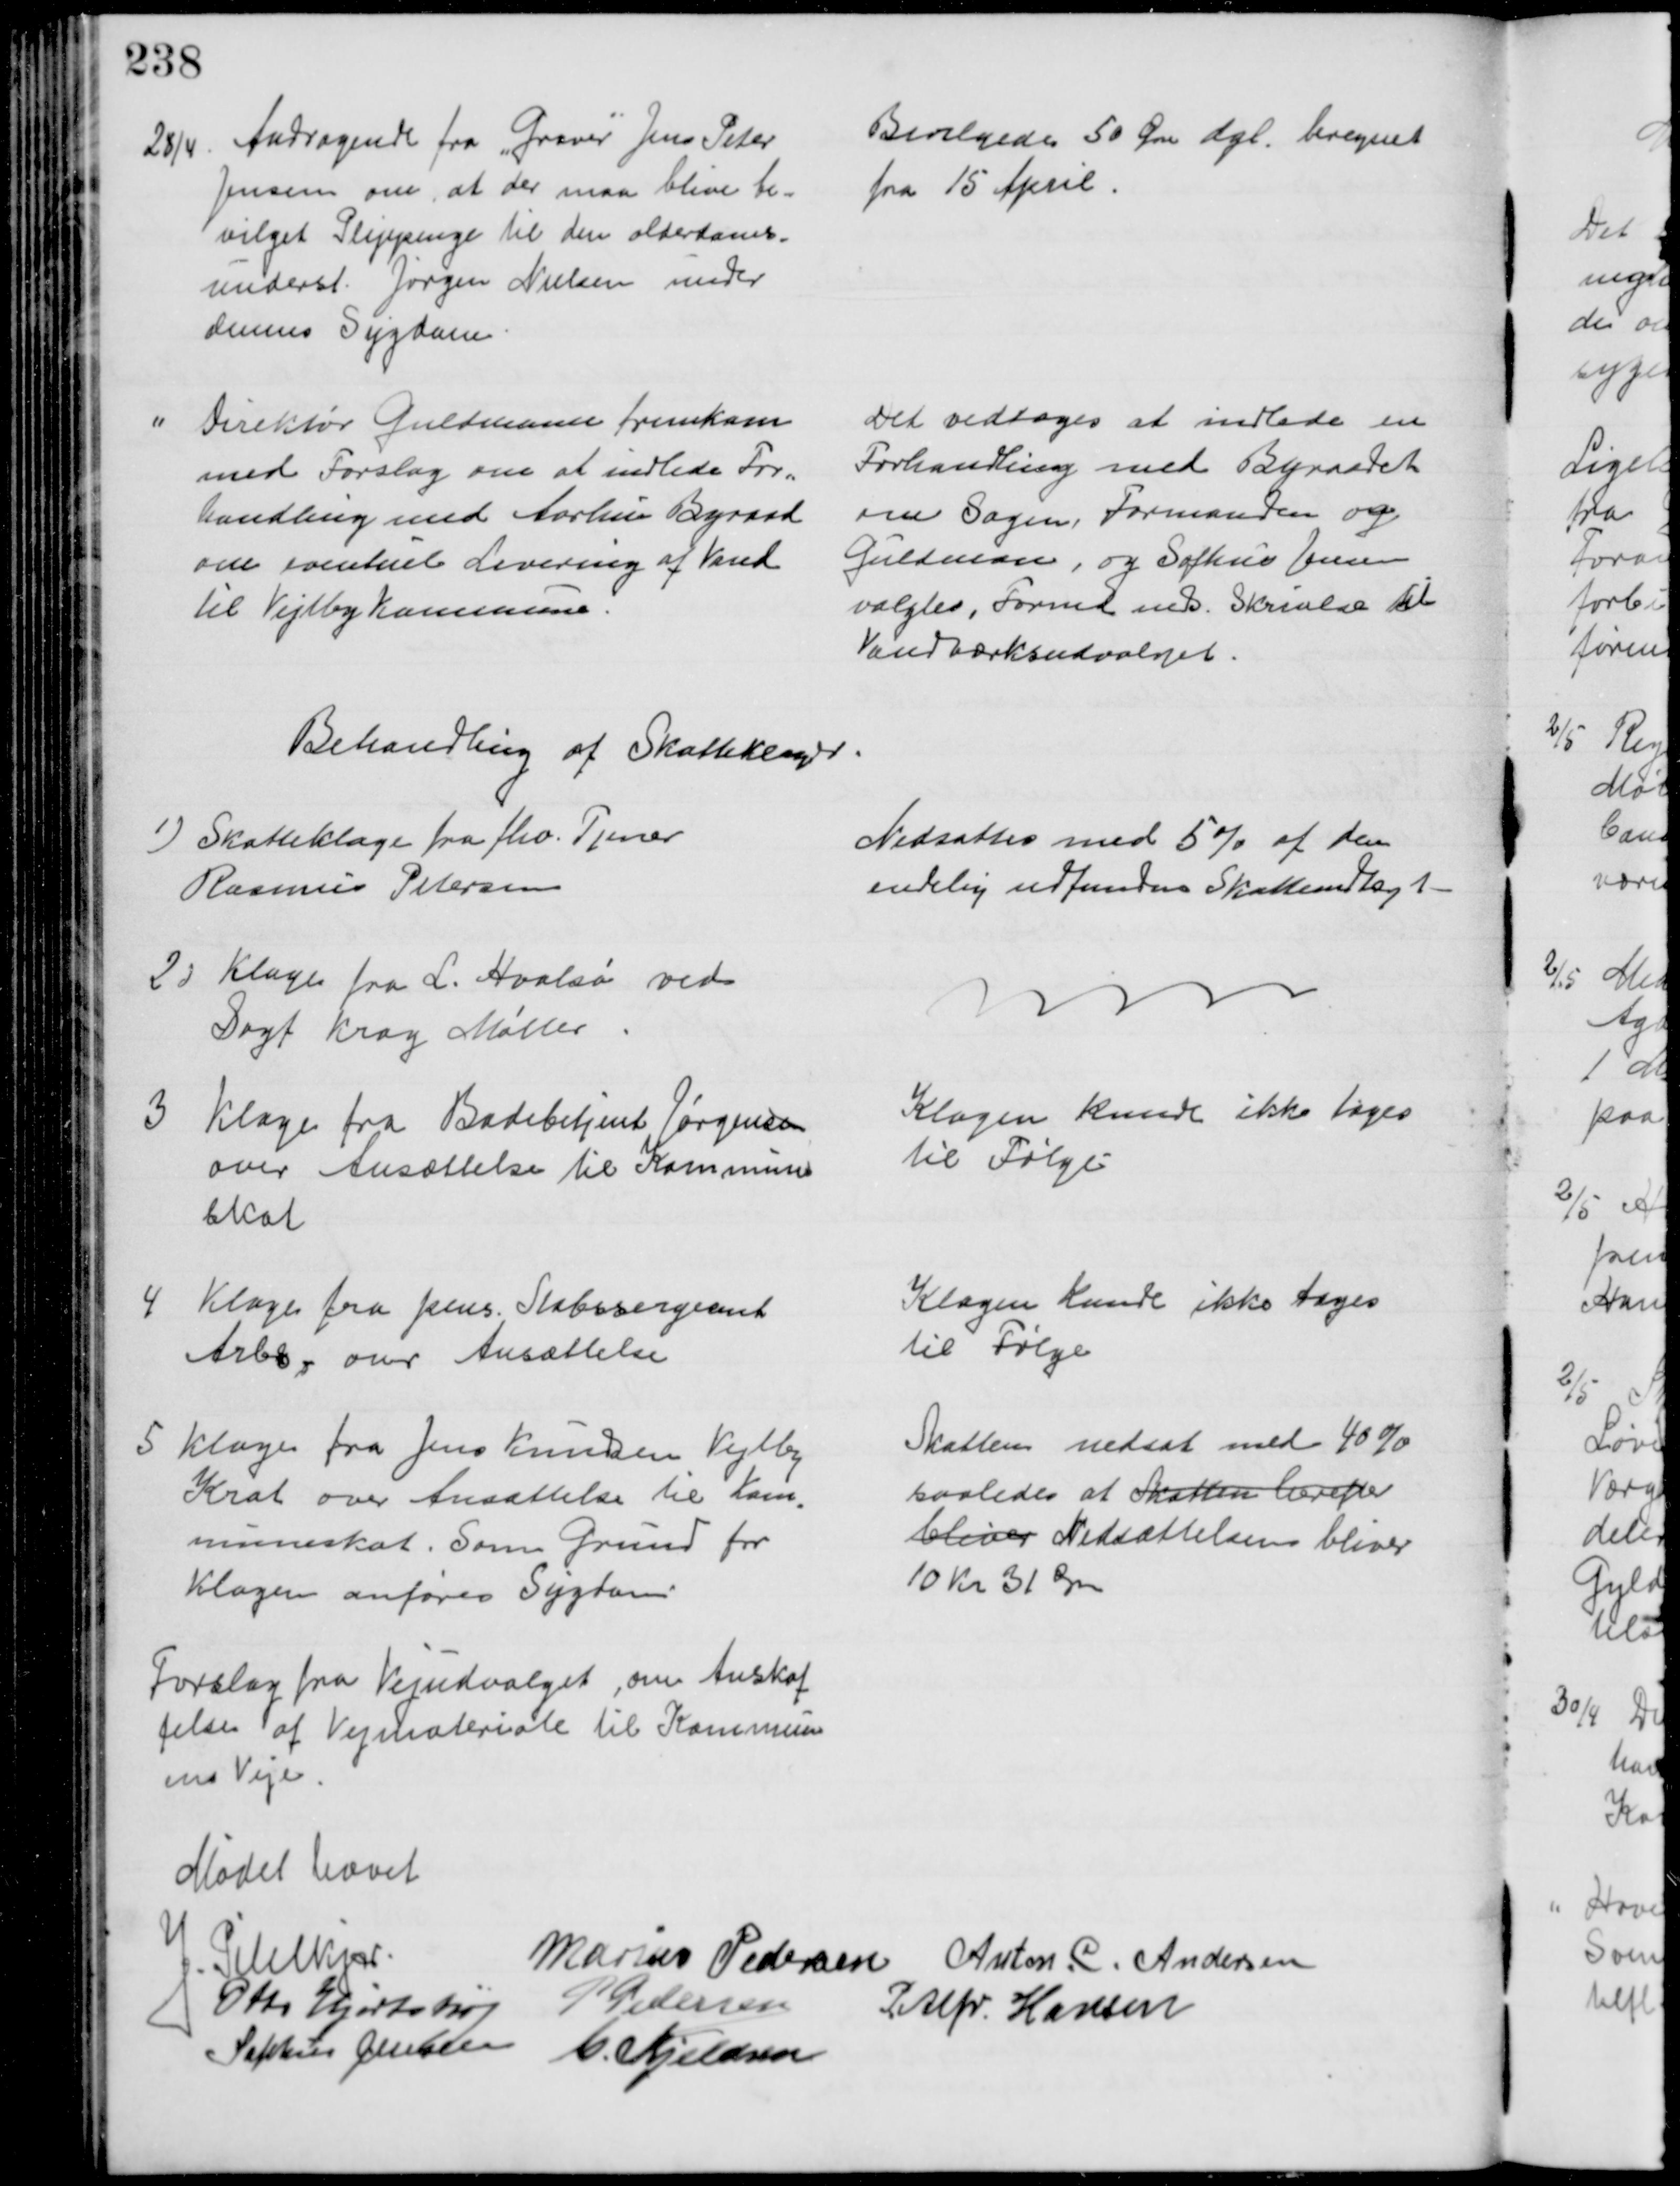
Transskription:
28/4. Andragende fra "Graver" Jens Peter
Jensen om, at der maa blive be=
vilget Plejepenge til den alderdoms=
underst. Jørgen Nielsen under
dennes Sygdom.
Bevilgedes 50 Øre dgl. beregnet 
fra 15 April.
Direktør Guldmann fremkom
med Forslag om at indlede For=
handling med Aarhus Byraad
om eventuel Levering af Vand
til Vejlby Kommune.
Det vedtoges at indlede en 
Forhandling med Byraadet
om Sagen, Formanden og
Guldman, og Sophus Jensen
valgtes, Formd inds. Skrivelse til
Vandværksudvalget.
Behandling af Skatteklager.
1) Skatteklage fra fhv. Tjener
Rasmus Petersen
Nedsattes med 5% af den
endelig udfundne Skatteindtægt
2) Klage fra L. Hvalsø ved
Sagf Krag Møller
3
Klage fra Badebetjent Jørgensen
over Ansættelse til Kommune
skat
Klagen kunde ikke tages
til Følge
4 Klage fra pens. Stabssergeant
Arbs, over Ansættelse
Klagen kunde ikke tages
til Følge
5 Klage fra Jens Knudsen Vejlby
Krat over Ansættelse til Kom
-
muneskat. Som Grund for
Klagen anføres Sygdom.
Skatten nedsat med 40 %
saaledes at Skatten herefter 
bliver Nedsættelsen bliver 
10 Kr 31 Øre
Forslag fra Vejudvalget, om Anskaf
-
felse af Vejmateriale til Kommun
ens Veje.
Mødet hævet
J. Pihlkjær
Marius Pedersen Anton. C. Andersen
Otto Hjortshøj
P Pedersen
P. Alfr. Hansen
Sophus Jensen
C. Kjeldsen